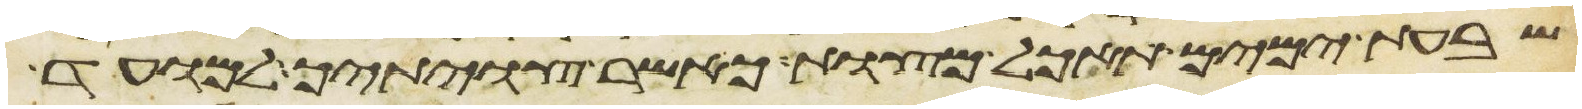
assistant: שבעת ימים תאכל מצות כאשר צויתיך למועד